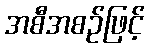
အစီအစဉ်ဖြင့်